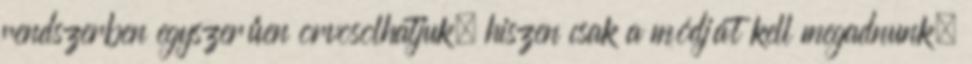
rendszerben egyszerűen orvosolhatjuk, hiszen csak a módját kell megadnunk,